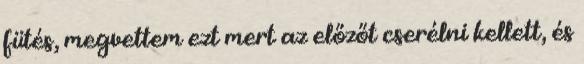
fütés, megvettem ezt mert az előzőt cserélni kellett, és